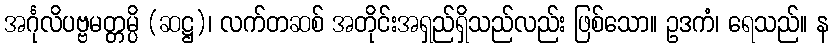
အင်္ဂုလိပဗ္ဗမတ္တမ္ပိ (ဆဋ္ဌ)၊ လက်တဆစ် အတိုင်းအရှည်ရှိသည်လည်း ဖြစ်သော။ ဥဒကံ၊ ရေသည်။ န